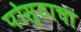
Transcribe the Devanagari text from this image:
पोस्टाचा